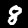
Digit: 8